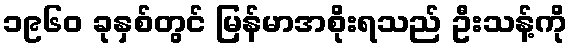
၁၉၆၀ ခုနှစ်တွင် မြန်မာအစိုးရသည် ဦးသန့်ကို